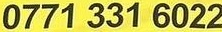
0771 331 6022